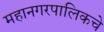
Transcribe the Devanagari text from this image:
महानगरपालिकचे